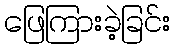
ဖြေကြားခဲ့ခြင်း